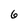
Character: 6